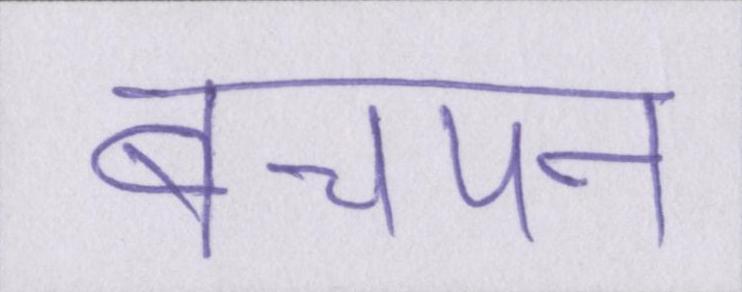
बचपन